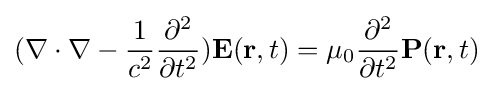
(\nabla \cdot \nabla -{\frac {1}{c^{2}}}{\frac {\partial ^{2}}{\partial t^{2}}}){\mathbf {E} }({\mathbf {r} },t)=\mu _{0}{\frac {\partial ^{2}}{\partial t^{2}}}{\mathbf {P} }({\mathbf {r} },t)